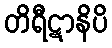
တိရီဋာနိပိ